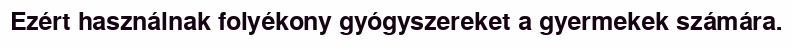
Ezért használnak folyékony gyógyszereket a gyermekek számára.